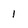
Character: 1